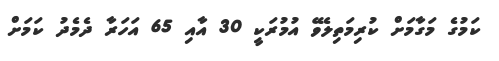
ކަމުގެ މަގާމަށް ކުރިމަތިލެވޭ އުމުރަކީ 30 އާއި 65 އަހަރާ ދެމެދު ކަމަށް